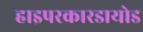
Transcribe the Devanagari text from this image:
हाइपरकारडायोड